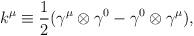
LaTeX: \begin{align*}k^{\mu} \equiv \frac{1}{2} ({\gamma}^{\mu} \otimes {\gamma}^0- {\gamma}^0 \otimes {\gamma}^{\mu} ),\end{align*}